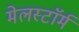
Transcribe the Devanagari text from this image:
मेलस्टाॅर्म